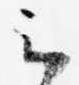
云